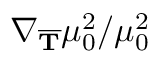
\nabla _ { \overline { { \mathbf { { T } } } } } \mu _ { 0 } ^ { 2 } / \mu _ { 0 } ^ { 2 }